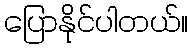
ပြောနိုင်ပါတယ်။